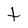
Character: t